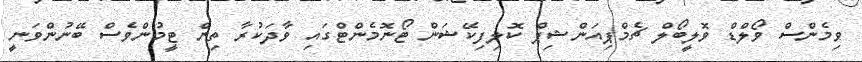
ވިމެންސް ވޯލްޑް ވޮލީބޯލް ޗެމްޕިއަންޝިޕް ކޮލިފިކޭޝަން ޓޯނޮމެންޓްގައި ވާދަކުރާ ތިން ޓީމުންވެސް ބޭނުންވަނީ